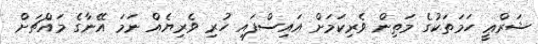
ޝަރްޢީ ހަމަތަކުގެ މަތިން ވެރިކަމަށް އައިސްފައި ހުރި ވެރިޔެއް ނަމަ އޭނާގެ މައްޗަށް